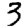
Digit: 3